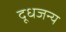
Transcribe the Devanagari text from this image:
दूधजन्य